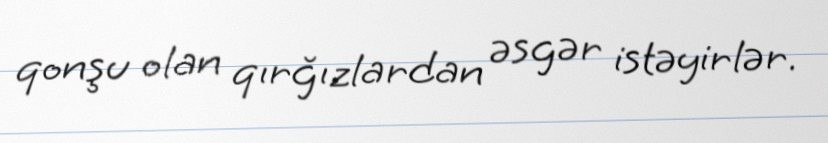
qonşu olan qırğızlardan əsgər istəyirlər.